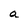
Character: a